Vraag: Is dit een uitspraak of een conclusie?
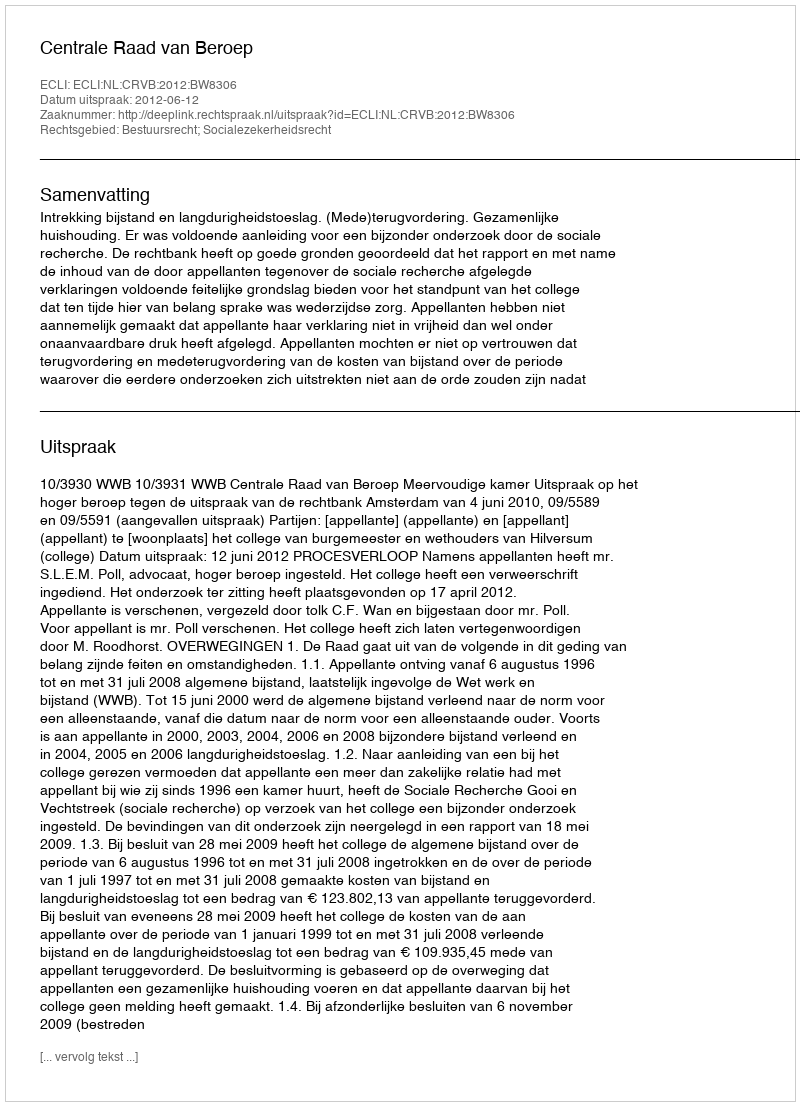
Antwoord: Uitspraak